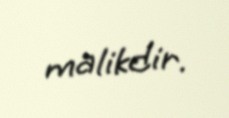
malikdir.